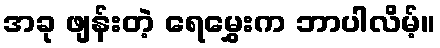
အခု ဖျန်းတဲ့ ရေမွှေးက ဘာပါလိမ့်။